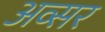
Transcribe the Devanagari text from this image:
अव्सर